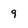
Character: 9